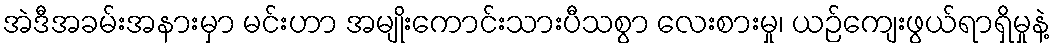
အဲဒီအခမ်းအနားမှာ မင်းဟာ အမျိုးကောင်းသားပီသစွာ လေးစားမှု၊ ယဉ်ကျေးဖွယ်ရာရှိမှုနဲ့